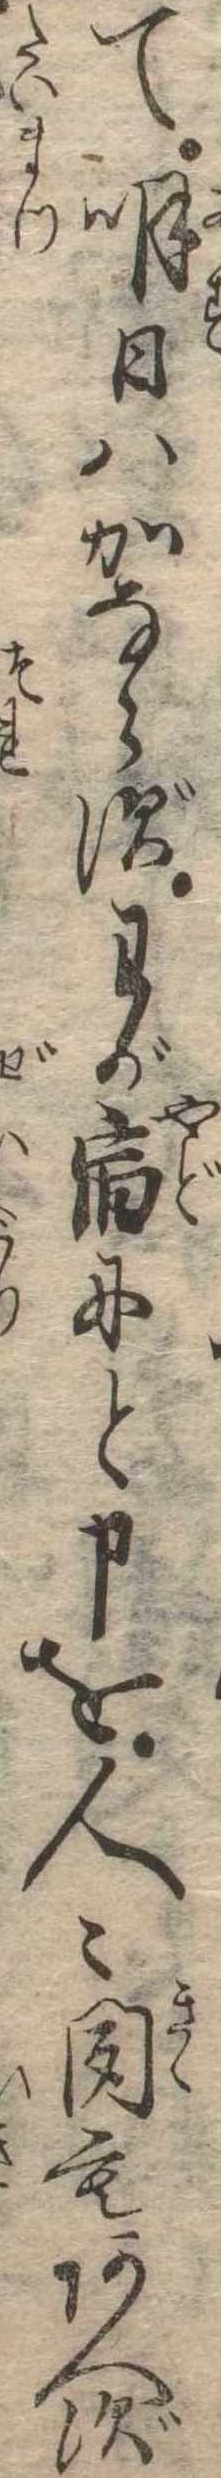
て明日はかならずわが宿にと申を人〻聞もあへず